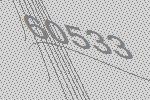
60533